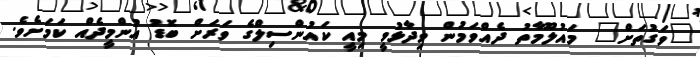
"ވަގުތަށް" މައުލޫމާތު ދެއްވަމުން ވިދާޅުވީ މިއީ ކައުންސިލްގެ ވަރަށް ބޮޑު އުންމީދެއް ކަމަށެވެ.